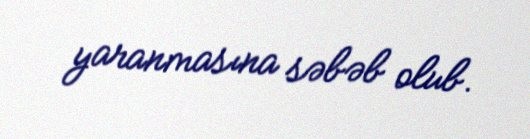
yaranmasına səbəb olub.